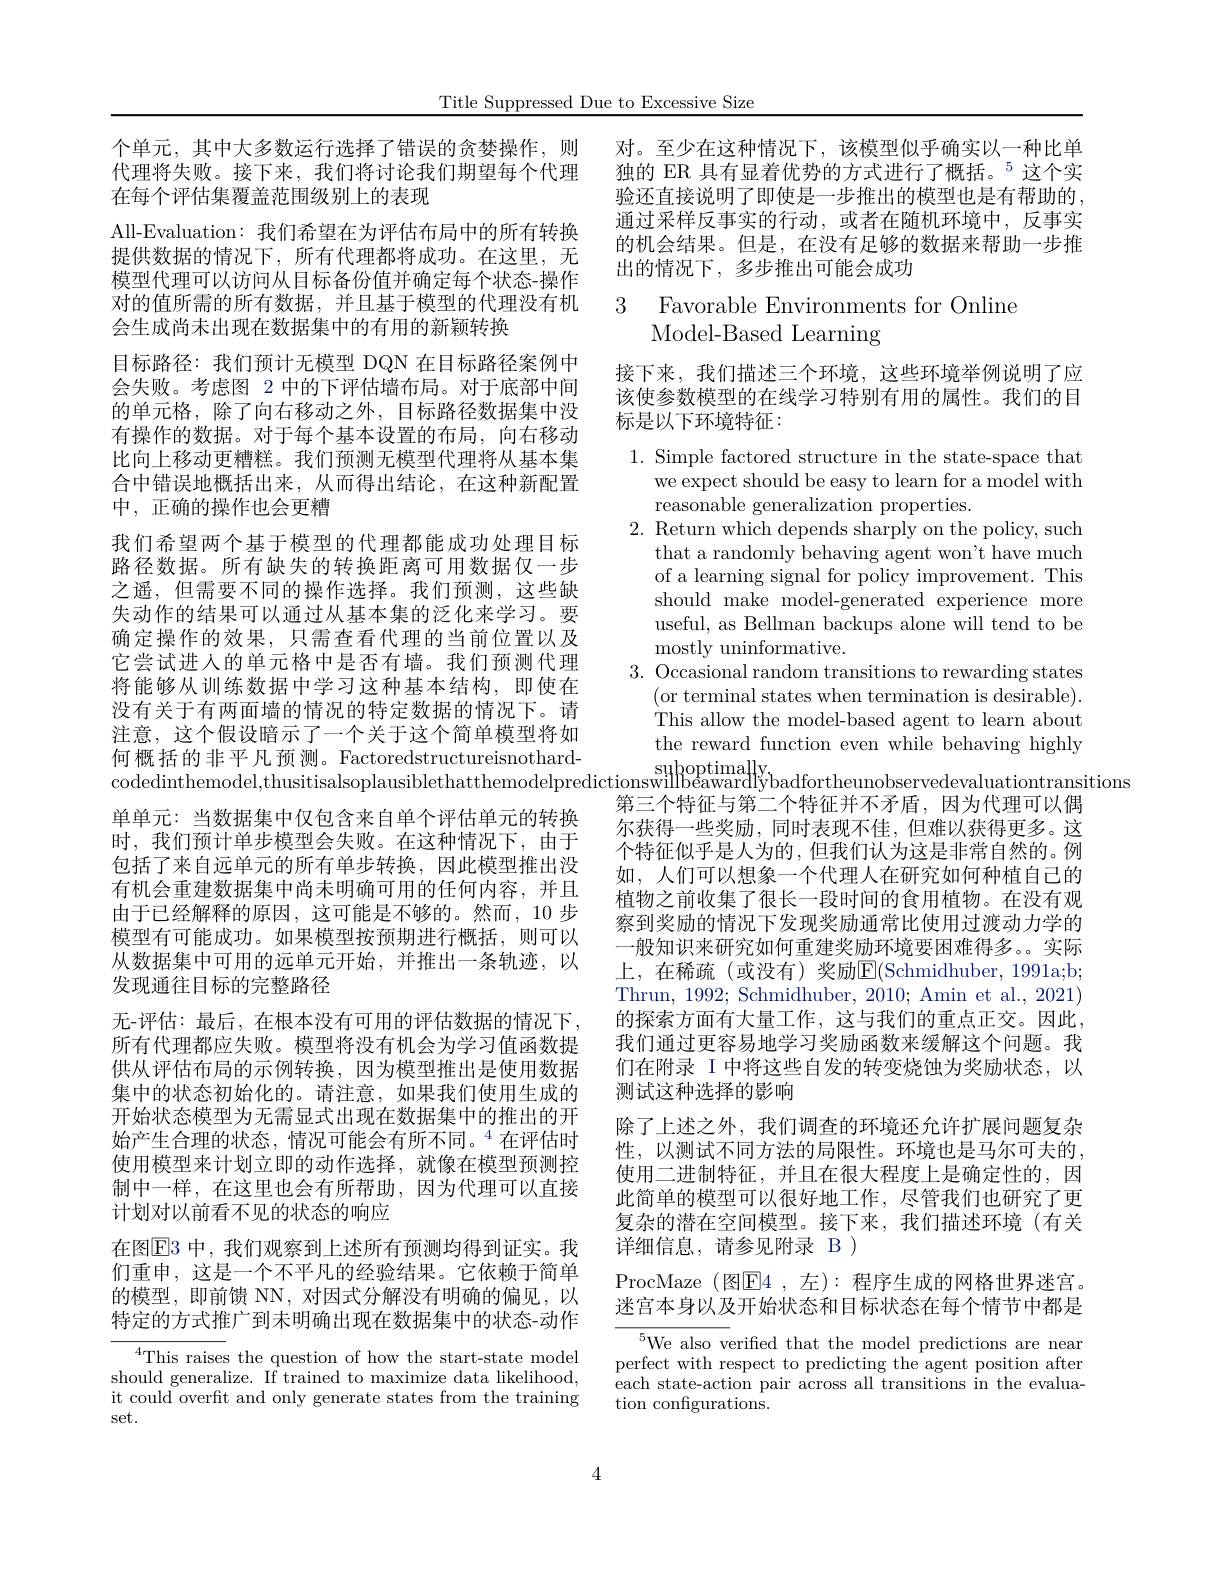
Title Suppressed Due to Excessive Size

对。至少在这种情况下，该模型似乎确实以一种比单独的 ER 具有显着优势的方式进行了概括。$^{5}$这个实验还直接说明了即使是一步推出的模型也是有帮助的， 通过采样反事实的行动，或者在随机环境中，反事实的机会结果。但是，在没有足够的数据来帮助一步推出的情况下，多步推出可能会成功

# 3 Favorable Environments for Online Model-Based Learning

接下来，我们描述三个环境，这些环境举例说明了应该使参数模型的在线学习特别有用的属性。我们的目标是以下环境特征：

个单元，其中大多数运行选择了错误的贪婪操作，则代理将失败。接下来，我们将讨论我们期望每个代理在每个评估集覆盖范围级别上的表现
All-Evaluation:我们希望在为评估布局中的所有转换提供数据的情况下，所有代理都将成功。在这里，无模型代理可以访问从目标备份值并确定每个状态-操作对的值所需的所有数据，并且基于模型的代理没有机会生成尚未出现在数据集中的有用的新颖转换
目标路径：我们预计无模型 DQN 在目标路径案例中会失败。考虑图 2 中的下评估墙布局。对于底部中间的单元格，除了向右移动之外，目标路径数据集中没有操作的数据。对于每个基本设置的布局，向右移动比向上移动更糟糕。我们预测无模型代理将从基本集合中错误地概括出来，从而得出结论，在这种新配置中，正确的操作也会更糟
我们希望两个基于模型的代理都能成功处理目标路径数据。所有缺失的转换距离可用数据仅一步之遥，但需要不同的操作选择。我们预测，这些缺失动作的结果可以通过从基本集的泛化来学习。要确定操作的效果，只需查看代理的当前位置以及它尝试进人的单元格中是否有墙。我们预测代理将能够从训练数据中学习这种基本结构，即使在没有关于有两面墙的情况的特定数据的情况下。请注意，这个假设暗示了一个关于这个简单模型将如何 概 括 的 非 平 凡 预 测 。Factoredstructureisnothard- supoptimally codedinthemodel, thusitisalsoplausiblethatthemodelpredictionswilhpeawardiybadfortheunobservedevaluationtransitions 台 三 个 转 征 与 第 一 个 特 征 并 不 予 岳 用 为 代 理 可 以 偶
单单元：当数据集中仅包含来自单个评估单元的转换时，我们预计单步模型会失败。在这种情况下，由于包括了来自远单元的所有单步转换，因此模型推出没有机会重建数据集中尚未明确可用的任何内容，并且由于已经解释的原因，这可能是不够的。然而，10 步模型有可能成功。如果模型按预期进行概括，则可以从数据集中可用的远单元开始，并推出一条轨迹，以发现通往目标的完整路径
无-评估：最后，在根本没有可用的评估数据的情况下， 所有代理都应失败。模型将没有机会为学习值函数提供从评估布局的示例转换，因为模型推出是使用数据集中的状态初始化的。请注意，如果我们使用生成的开始状态模型为无需显式出现在数据集中的推出的开始产生合理的状态，情况可能会有所不同。$^{4}$在评估时使用模型来计划立即的动作选择，就像在模型预测控制中一样，在这里也会有所帮助，因为代理可以直接计划对以前看不见的状态的响应
在图$\overline{\mathrm{E}}3$ 中，我们观察到上述所有预测均得到证实。我们重申，这是一个不平凡的经验结果。它依赖于简单的模型，即前馈 NN,对因式分解没有明确的偏见，以特定的方式推广到未明确出现在数据集中的状态-动作
$^{4}$This raises the question of how the start-state model should generalize. If trained to maximize data likelihood,

1. Simple factored structure in the state-space that
we expect should be easy to learn for a model with
reasonable generalization properties.
2. Return which depends sharply on the policy, such
that a randomly behaving agent won't have much of a learning signal for policy improvement. This should make model-generated experience more useful, as Bellman backups alone will tend to be mostly uninformative.
3. Occasional random transitions to rewarding states
(or terminal states when termination is desirable). This allow the model-based agent to learn about the reward function even while behaving highly
第三个特征与第二个特征并不矛盾，因为代理可以偶尔获得一些奖励，同时表现不佳，但难以获得更多。这个特征似乎是人为的，但我们认为这是非常自然的。例如，人们可以想象一个代理人在研究如何种植自己的植物之前收集了很长一段时间的食用植物。在没有观察到奖励的情况下发现奖励通常比使用过渡动力学的一般知识来研究如何重建奖励环境要困难得多。实际上，在稀疏(或没有)奖励E(Schmidhuber,1991a;b; Thrun, 1992; Schmidhuber, 2010; Amin et al., 2021) 的探索方面有大量工作，这与我们的重点正交。因此， 我们通过更容易地学习奖励函数来缓解这个问题。我们在附录 I 中将这些自发的转变烧蚀为奖励状态，以测试这种选择的影响
除了上述之外，我们调查的环境还允许扩展问题复杂性，以测试不同方法的局限性。环境也是马尔可夫的， 使用二进制特征，并且在很大程度上是确定性的，因此简单的模型可以很好地工作，尽管我们也研究了更复杂的潜在空间模型。接下来，我们描述环境(有关详细信息，请参见附录 B )
ProcMaze (图E4，左):程序生成的网格世界迷宫。迷宫本身以及开始状态和目标状态在每个情节中都是
$^{5}$We also verified that the model predictions are near perfect with respect to predicting the agent position after

each state-action pair across all transitions in the evalua-
tion configurations.

it could overfit and only generate states from the training
set.

4